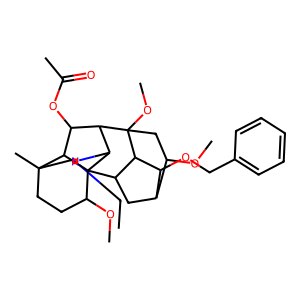
SMILES: CCN1CC2(C)CCC(OC)C34C5CC6C(OC)CC(OC)(C5C6OCc5ccccc5)C(C(OC(C)=O)C23)C14
Inhibits HIV replication: No